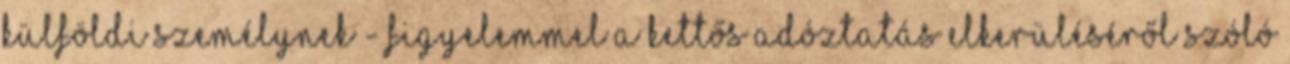
külföldi személynek - figyelemmel a kettős adóztatás elkerüléséről szóló